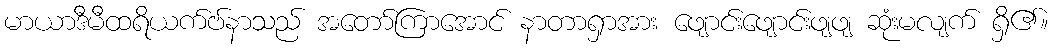
မာယာဒီမီထရိယက်ဗ်နာသည် အတော်ကြာအောင် နာတာရှာအား ဖျောင်းဖျောင်းဖျဖျ ဆုံးမလျက် ရှိ၏။